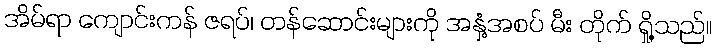
အိမ်ရာ ကျောင်းကန် ဇရပ်၊ တန်ဆောင်းများကို အနှံ့အစပ် မီး တိုက် ရှို့သည်။